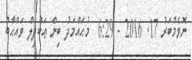
ނޮވެމްބަރު 17